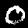
Digit: 0